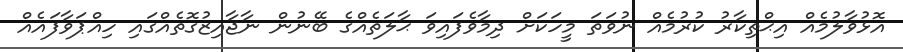
އޮޅުވާލުމެއް އިޙްތިކާރު ކުރުމެއް ނުވަތަ މީހަކަށް ދިމާވެފައިވަ ޙާލަތެއްގެ ބޭނުން ނާޖާއިޒުގޮތެއްގައި ހިއްޕަވާފައެއް